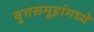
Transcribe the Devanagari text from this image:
वृ्त्तसमूहांमध्ये